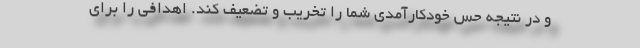
و در نتیجه حس خودکارآمدی شما را تخریب و تضعیف کند. اهدافی را برای